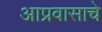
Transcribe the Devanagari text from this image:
आप्रवासाचे